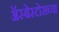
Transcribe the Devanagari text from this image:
ॲस्बेस्टोसच्या